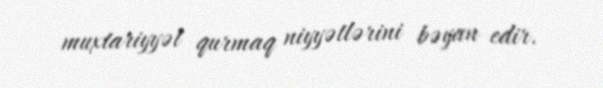
muxtariyyət qurmaq niyyətlərini bəyan edir.